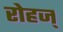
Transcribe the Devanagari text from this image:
रोहज्